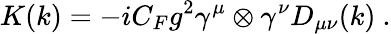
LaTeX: K(k)=-iC_{F}g^{2}\gamma^{\mu}\otimes\gamma^{\nu}D_{\mu\nu}(k)~.